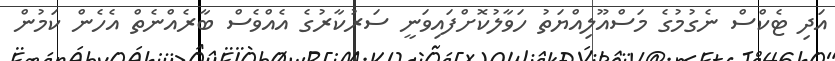
އަދި ޓެކްސް ނެގުމުގެ މަސްއޫލިއްޔަތު ހަވާލުކޮށްފައިވަނީ ސަރުކާރުގެ އެއްވެސް ބާރެއްނެތް އެހެން ކަމުން